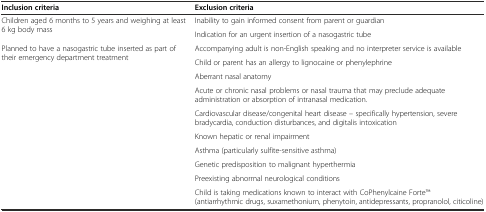
| Inclusion criteria | Exclusion criteria |
 | --- | --- |
 | <ROWSPAN=2> Children aged 6 months to 5 years and weighing at least 6 kg body mass | Inability to gain informed consent from parent or guardian |
 | Indication for an urgent insertion of a nasogastric tube |
 | <ROWSPAN=10> Planned to have a nasogastric tube inserted as part of their emergency department treatment | Accompanying adult is non-English speaking and no interpreter service is available |
 | Child or parent has an allergy to lignocaine or phenylephrine |
 | Aberrant nasal anatomy |
 | Acute or chronic nasal problems or nasal trauma that may preclude adequate administration or absorption of intranasal medication. |
 | Cardiovascular disease/congenital heart disease – specifically hypertension, severe bradycardia, conduction disturbances, and digitalis intoxication |
 | Known hepatic or renal impairment |
 | Asthma (particularly sulfite-sensitive asthma) |
 | Genetic predisposition to malignant hyperthermia |
 | Preexisting abnormal neurological conditions |
 | Child is taking medications known to interact with CoPhenylcaine ForteTM (antiarrhythmic drugs, suxamethonium, phenytoin, antidepressants, propranolol, citicoline) |